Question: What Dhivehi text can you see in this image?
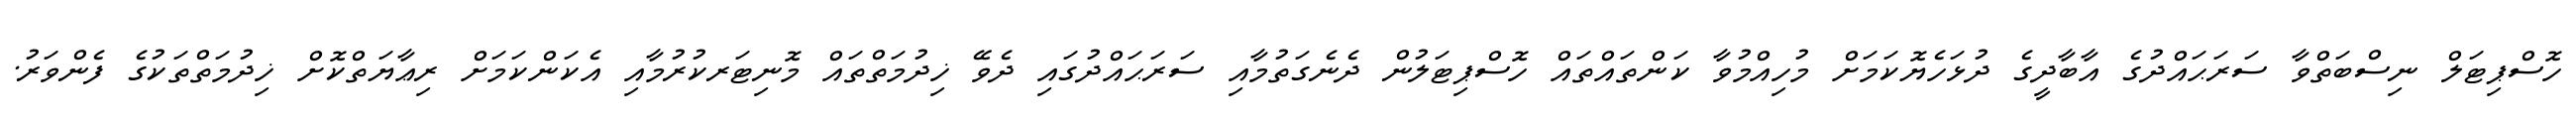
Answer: ހޮސްޕިޓަލް ނިސްބަތްވާ ސަރަޙައްދުގެ އާބާދީގެ ދުޅަހެޔޮކަމަށް މުހިއްމުވާ ކަންތައްތައް ހޮސްޕިޓަލުން ދެނެގަތުމާއި ސަރަޙައްދުގައި ދެވޭ ޚިދުމަތްތައް މޮނިޓަރކުރުމާއި އެކަންކަމަށް ރިޢާޔަތްކޮށް ޚިދުމަތްތަކުގެ ފެންވަރު.